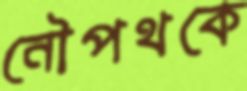
নৌপথকে